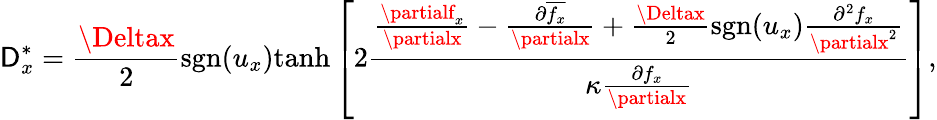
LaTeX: \mathsf{D}_{x}^{\ast}=\frac{{\Deltax}}{{2}}\mathrm{{sgn}}(u_{x})\mathrm{{tanh}}\left[2\frac{{\frac{{\partialf_{x}}}{{\partialx}}-\frac{{\partial\overline{{{f_{x}}}}}}{{\partialx}}+\frac{{\Deltax}}{{2}}\mathrm{{sgn}}(u_{x})\frac{{\partial^{2}f_{x}}}{{\partialx^{2}}}}}{{\kappa\frac{{\partial{f_{x}}}}{{\partialx}}}}\right],